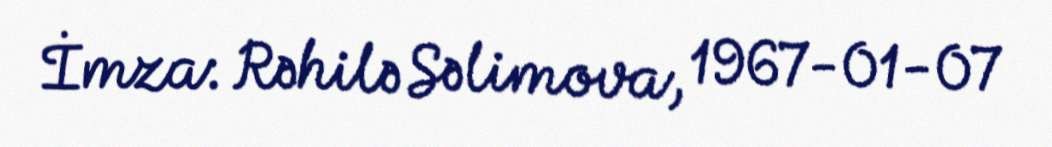
İmza: Rəhilə Səlimova, 1967-01-07